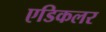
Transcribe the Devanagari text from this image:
एडिकलर